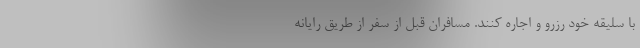
با سلیقه خود رزرو و اجاره کنند. مسافران قبل از سفر از طریق رایانه